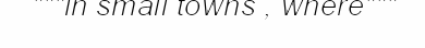
"""in small towns , where"""